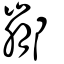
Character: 䣙